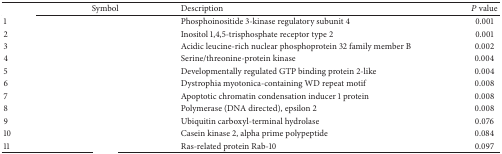
<table><thead><tr><td>[EMPTY_CELL]</td><td><b>Symbol</b></td><td><b>Description</b></td><td><b><i>P</i> value</b></td></tr></thead><tbody><tr><td>1</td><td>[EMPTY_CELL]</td><td>Phosphoinositide 3-kinase regulatory subunit 4 </td><td>0.001</td></tr><tr><td>2</td><td>[EMPTY_CELL]</td><td>Inositol 1,4,5-trisphosphate receptor type 2</td><td>0.001</td></tr><tr><td>3</td><td>[EMPTY_CELL]</td><td>Acidic leucine-rich nuclear phosphoprotein 32 family member B </td><td>0.002</td></tr><tr><td>4</td><td>[EMPTY_CELL]</td><td>Serine/threonine-protein kinase </td><td>0.004</td></tr><tr><td>5</td><td>[EMPTY_CELL]</td><td>Developmentally regulated GTP binding protein 2-like</td><td>0.004</td></tr><tr><td>6</td><td>[EMPTY_CELL]</td><td>Dystrophia myotonica-containing WD repeat motif </td><td>0.008</td></tr><tr><td>7</td><td>[EMPTY_CELL]</td><td>Apoptotic chromatin condensation inducer 1 protein </td><td>0.008</td></tr><tr><td>8</td><td>[EMPTY_CELL]</td><td>Polymerase (DNA directed), epsilon 2</td><td>0.008</td></tr><tr><td>9</td><td>[EMPTY_CELL]</td><td>Ubiquitin carboxyl-terminal hydrolase </td><td>0.076</td></tr><tr><td>10</td><td>[EMPTY_CELL]</td><td>Casein kinase 2, alpha prime polypeptide</td><td>0.084</td></tr><tr><td>11</td><td>[EMPTY_CELL]</td><td>Ras-related protein Rab-10</td><td>0.097</td></tr></tbody></table>